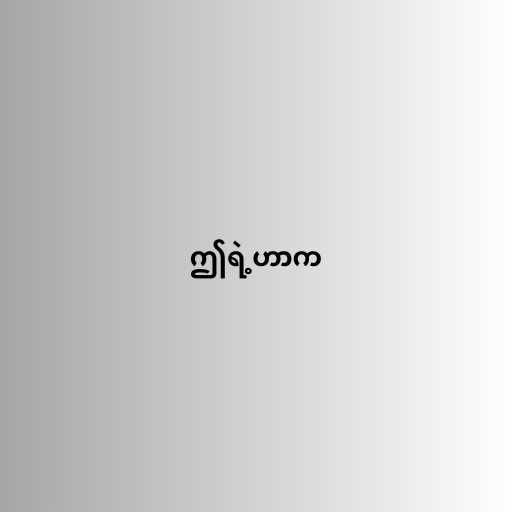
ဤရဲ့ဟာက